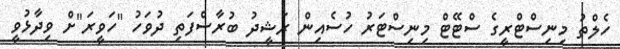
ހެލްތު މިނިސްޓްރީގެ ސްޓޭޓް މިނިސްޓަރު ހުސެއިން ރަޝީދު ބުރާސްފަތި ދުވަހު "ހަވީރަ"ށް ވިދާޅުވީ